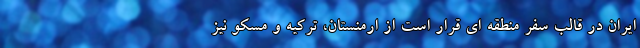
ایران در قالب سفر منطقه ای قرار است از ارمنستان، ترکیه و مسکو نیز